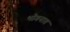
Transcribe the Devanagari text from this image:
भोगनात